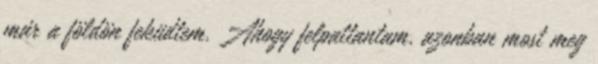
már a földön feküdtem. Ahogy felpattantam, azonban most meg